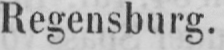
Regensburg.